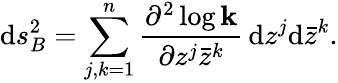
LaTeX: \mathrm{d}s_{B}^{2}=\sum_{j,k=1}^{n}{\frac{\partial^{2}\log{\mathbf k}}{\partial z^{j}\bar{z}^{k}}}\, \mathrm{d}z^{j}\mathrm{d}\bar{z}^{k}.